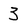
Character: 3